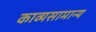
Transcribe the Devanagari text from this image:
काव्यसामान्य